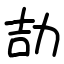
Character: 劼